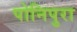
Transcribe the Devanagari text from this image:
पोनिपुरा